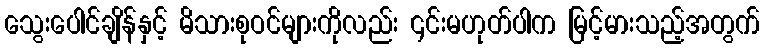
သွေးပေါင်ချိန်နှင့် မိသားစုဝင်များကိုလည်း ၎င်းမဟုတ်ပါက မြင့်မားသည့်အတွက်